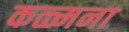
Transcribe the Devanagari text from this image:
कळ्मना